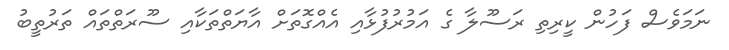
ނަމަވެސް ފަހުން ކީރިތި ރަސޫލާ ގެ އަމުރުފުޅާއި އެއްގޮތަށް އާޔަތްތަކާއި ސޫރަތްތައް ތަރުތީބު